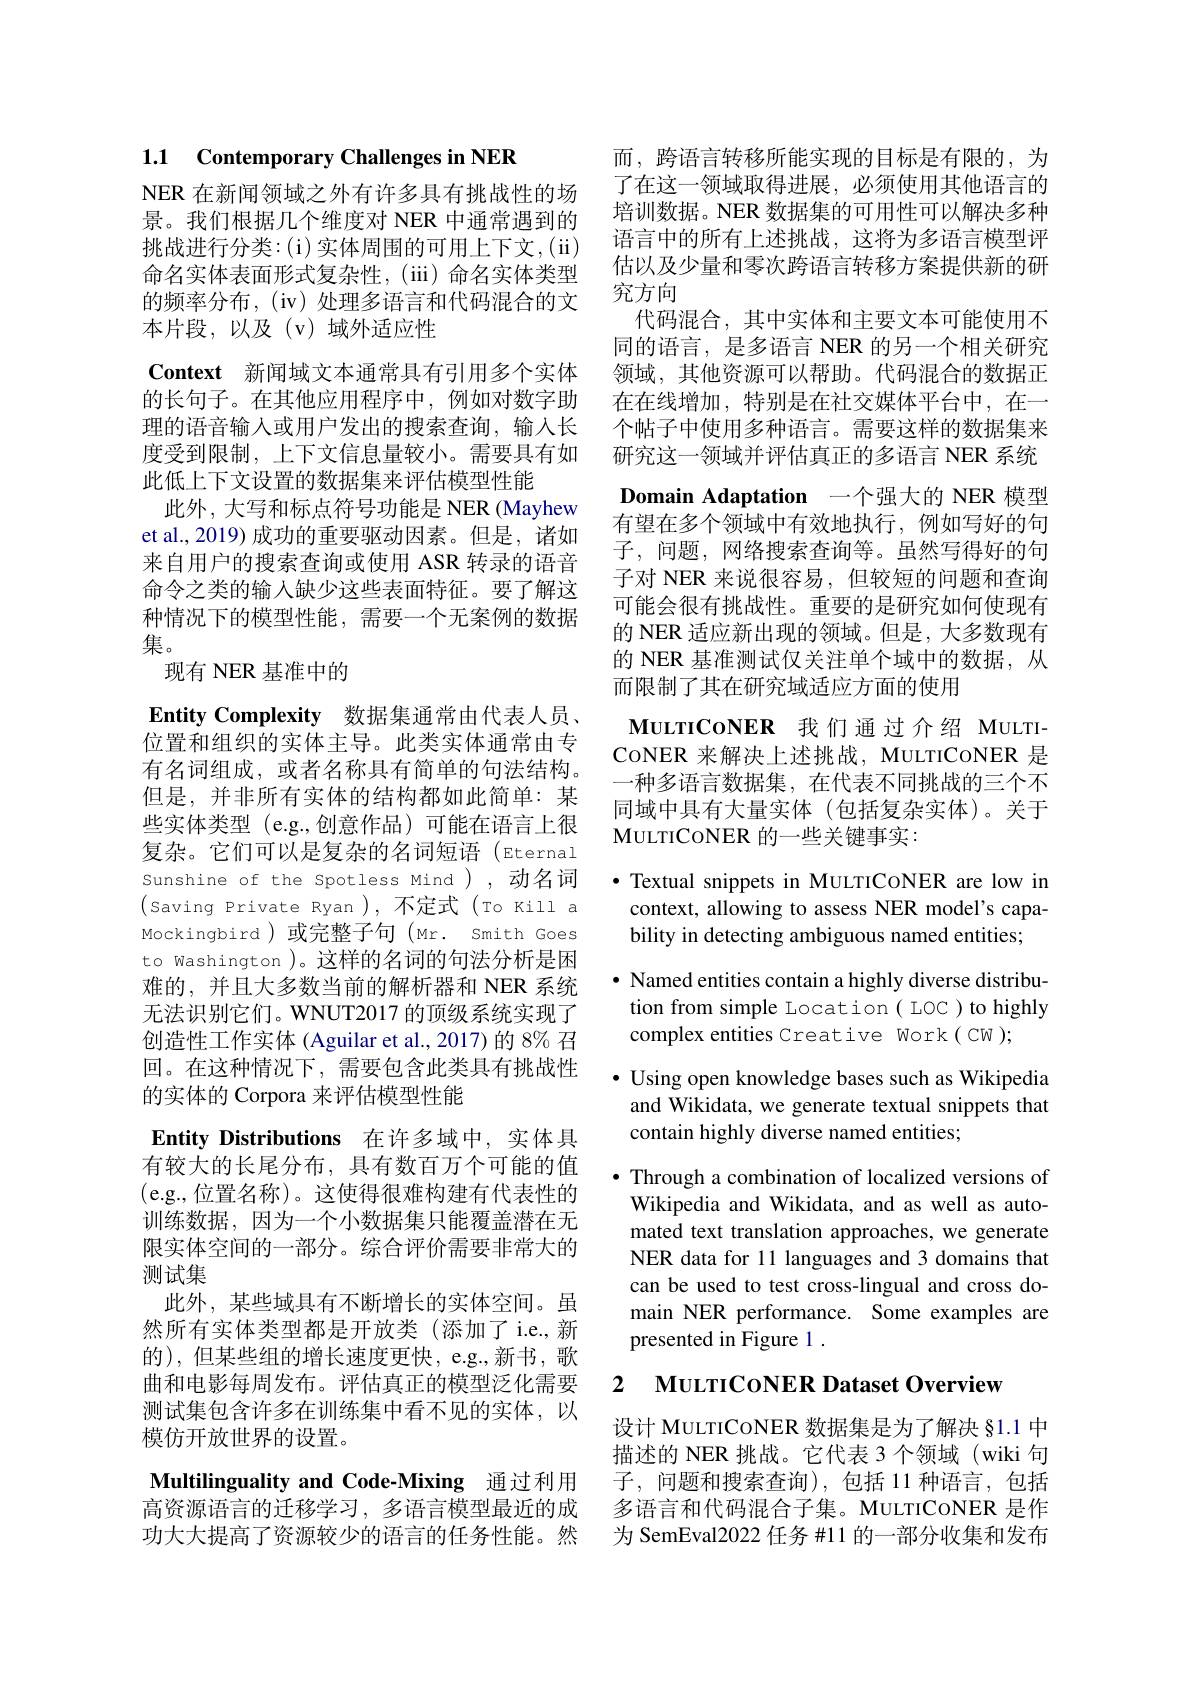
1.1 Contemporary Challenges in NER

NER 在新闻领域之外有许多具有挑战性的场景。我们根据几个维度对 NER 中通常遇到的挑战进行分类：(i)实体周围的可用上下文，(ii) 命名实体表面形式复杂性，(iii) 命名实体类型的频率分布，(iv)处理多语言和代码混合的文本片段，以及(v)域外适应性
Context 新闻域文本通常具有引用多个实体的长句子。在其他应用程序中，例如对数字助理的语音输入或用户发出的搜索查询，输入长度受到限制，上下文信息量较小。需要具有如此低上下文设置的数据集来评估模型性能
此外，大写和标点符号功能是 NER (Mayhew et al., 2019) 成功的重要驱动因素。但是，诸如来自用户的搜索查询或使用 ASR 转录的语音命令之类的输入缺少这些表面特征。要了解这种情况下的模型性能，需要一个无案例的数据集。
现有 NER 基准中的
$\textbf{Entity Complexity}$数据集通常由代表人员、 位置和组织的实体主导。此类实体通常由专有名词组成，或者名称具有简单的句法结构。但是，并非所有实体的结构都如此简单：某些实体类型 (e.g.,创意作品)可能在语言上很复杂。它们可以是复杂的名词短语(Eternal Sunshine of the Spotless Mind ),动名词(Saving Private Ryan),不定式(To Kill a Mockingbird )或完整子句 (Mr. Smith Goes to Washington )。这样的名词的句法分析是困难的，并且大多数当前的解析器和 NER 系统无法识别它们。WNUT2017 的顶级系统实现了创造性工作实体 (Aguilar et al., 2017) 的 8% 召回。在这种情况下，需要包含此类具有挑战性的实体的 Corpora 来评估模型性能
Entity Distributions 在许多域中，实体具有较大的长尾分布，具有数百万个可能的值(e.g.,位置名称)。这使得很难构建有代表性的训练数据，因为一个小数据集只能覆盖潜在无限实体空间的一部分。综合评价需要非常大的测试集
此外，某些域具有不断增长的实体空间。虽然所有实体类型都是开放类(添加了 i.e.,新的),但某些组的增长速度更快，e.g.,新书，歌曲和电影每周发布。评估真正的模型泛化需要测试集包含许多在训练集中看不见的实体，以模仿开放世界的设置。
Multilinguality and Code-Mixing 通过利用
高资源语言的迁移学习，多语言模型最近的成 多语言和代码混合子集。MULTICONER 是作

而，跨语言转移所能实现的目标是有限的，为了在这一领域取得进展，必须使用其他语言的培训数据。NER 数据集的可用性可以解决多种语言中的所有上述挑战，这将为多语言模型评估以及少量和零次跨语言转移方案提供新的研究方向
代码混合，其中实体和主要文本可能使用不同的语言，是多语言 NER 的另一个相关研究领域，其他资源可以帮助。代码混合的数据正在在线增加，特别是在社交媒体平台中，在一个帖子中使用多种语言。需要这样的数据集来研究这一领域并评估真正的多语言 NER 系统Domain Adaptation 一个强大的 NER 模型有望在多个领域中有效地执行，例如写好的句子，问题，网络搜索查询等。虽然写得好的句子对 NER 来说很容易，但较短的问题和查询可能会很有挑战性。重要的是研究如何使现有的 NER 适应新出现的领域。但是，大多数现有的 NER 基准测试仅关注单个域中的数据，从而限制了其在研究域适应方面的使用

MULTICONER 我们通过介绍 MULTICoNER 来解决上述挑战，MuLTICoNER 是一种多语言数据集，在代表不同挑战的三个不同域中具有大量实体(包括复杂实体)。关于$\mathbf{M}$ULTICONER 的一些关键事实：

$\bullet$ Textual snippets in MULTICONER are low in context, allowing to assess NER model's capability in detecting ambiguous named entities;
$\bullet$ Named entities contain a highly diverse distribution from simple Location( LOC ) to highly complex entities Creative Work( CW );
· Using open knowledge bases such as Wikipedia
and Wikidata, we generate textual snippets that
contain highly diverse named entities;

$•$ Through a combination of localized versions of Wikipedia and Wikidata, and as well as automated text translation approaches, we generate NER data for 11 languages and 3 domains that can be used to test cross-lingual and cross domain NER performance. Some examples are presented in Figure 1 .

## 2 MuLTICoNER Dataset Overview

设计 MuLTICONER 数据集是为了解决 §1.1 中描述的 NER 挑战。它代表 3 个领域 (wiki 句子，问题和搜索查询),包括 11 种语言，包括
功大大提高了资源较少的语言的任务性能。然 为 SemEval2022 任务#11 的一部分收集和发布